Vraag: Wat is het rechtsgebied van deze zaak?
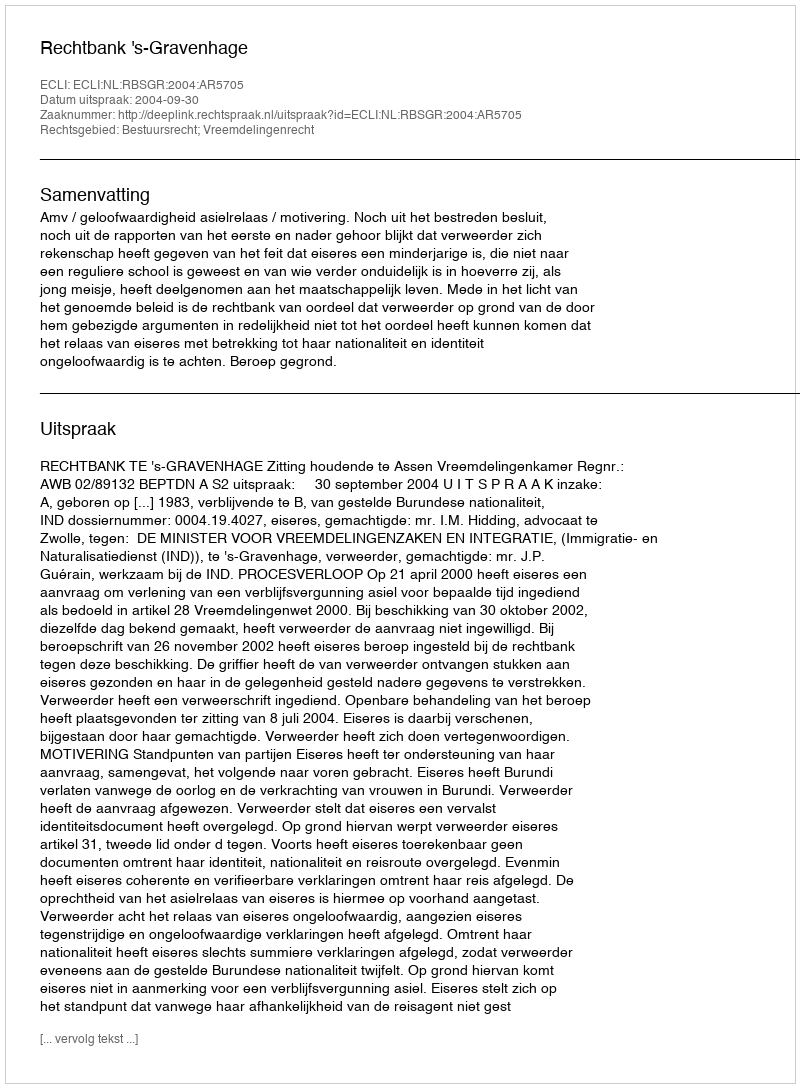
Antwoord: Bestuursrecht; Vreemdelingenrecht